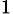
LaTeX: _\mathrm{1}